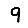
Digit: 9